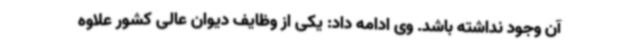
آن وجود نداشته باشد. وی ادامه داد: یکی از وظایف دیوان عالی کشور علاوه